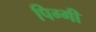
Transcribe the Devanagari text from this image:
पिग्गी